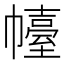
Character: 𢅣